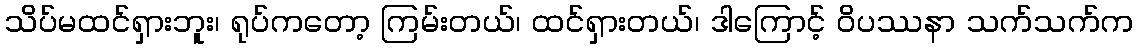
သိပ်မထင်ရှားဘူး၊ ရုပ်ကတော့ ကြမ်းတယ်၊ ထင်ရှားတယ်၊ ဒါကြောင့် ဝိပဿနာ သက်သက်က